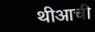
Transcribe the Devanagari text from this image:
थीआची